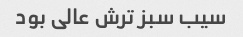
سیب سبز ترش عالی بود